Senior Leaving Certificate Examination (including Day School Certificate (Higher) General paper), 1948
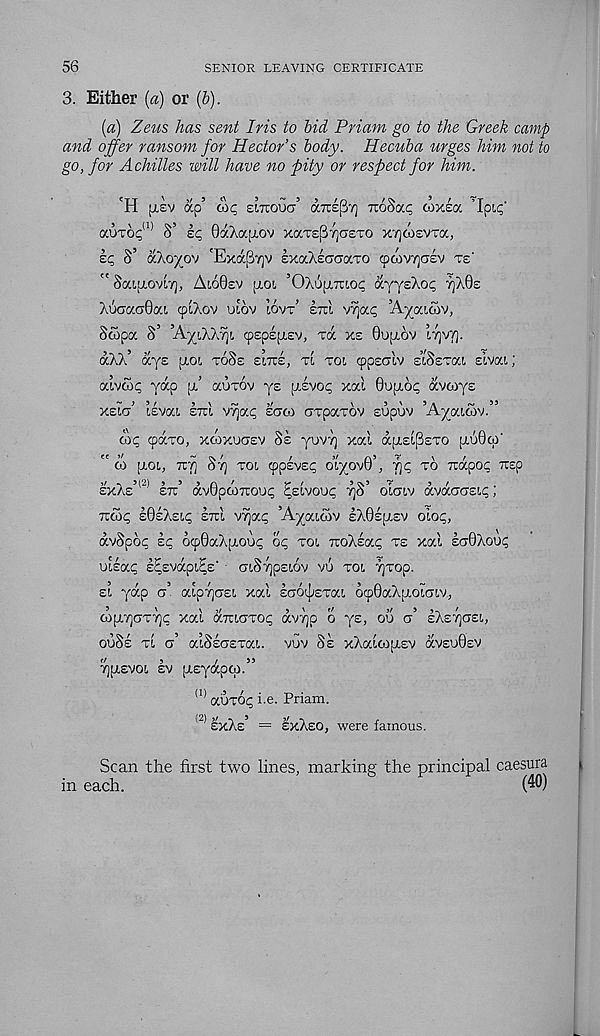
56
SENIOR LEAVING CERTIFICATE
3. Either [a) or (b).
(a) Zeus has sent Iris to bid Priam go to the Greek camp
and offer ransom for Hector’s body. Hecuba urges him not to
go, for Achilles will have no pity or respect for him.
'H [Tsv ap’ oic eitcouct’ aiTEpT] TioSap coxeoe Mpip'
auTop (1) S’ Ip OaXaptov x^cTe^TjasTO xTjcosvTa,
Ip S’ aXoyov 'Exafirp; IxaXlacraTO cpoivyjalv te'
" SaifXOVLT), Ai,60£v [loi ’OXupiTtiop ayysXop tjXQe
XuaaaQca cpiXov uEov iovt’ Itci v?jap ’Ayaiwv,
Swpa S’ ’AyiXXyji, cpsplpisv, Ta xe 6upiov lfy"fj.
aXX’ ays piot toSe e’lxe, tl toi cppsclv s’iSstou sivat;
a’wwp yap p,’ auTOv ys pivop xal 0upiop avoiys
xslcr’ ilvai, Ittl vvjap saw dTpaxov sopuv ’Ayaiwv.”
wp cpavo, xcoxuctev SI yovT) xai apiEi[3ETO [jiu0cp'
" oi [J.OL, Try S'J] toe. cpplvsp cxyov0’, f)p to irapop rcsp
£xXe’' 2> lx’ dvOpooxoop ^elvoup 7]S’ oLcjiv dvdca'ELp;
xwp lOIXsip Ixi vvjap ’Ayaiwv IXOeuev oiop,
dvSpop Ip 6cp0aX(j.oop op toe, xoXlap te xal la0Xoup
oilap l^svapi^E' CTiSypEiov vu tol rjrop.
e’i yap a’ aip7]cr£i xai laOEjisTai 6(p0aXp.oiaiv,
copi7jaT7]p xai dxiaTop dv7)p o ys, oo o’ IXetjoei,
ouSe ti o’ aiSloETai. vuv SI xXaioipisv ocveuOev
7)[X£V0l Iv piEydpO).”
(1) auTOp i.e. Priam.
_) exXe’ = exXeo, were famous.
Scan the first two lines, marking the principal caesura
in each.
(40)